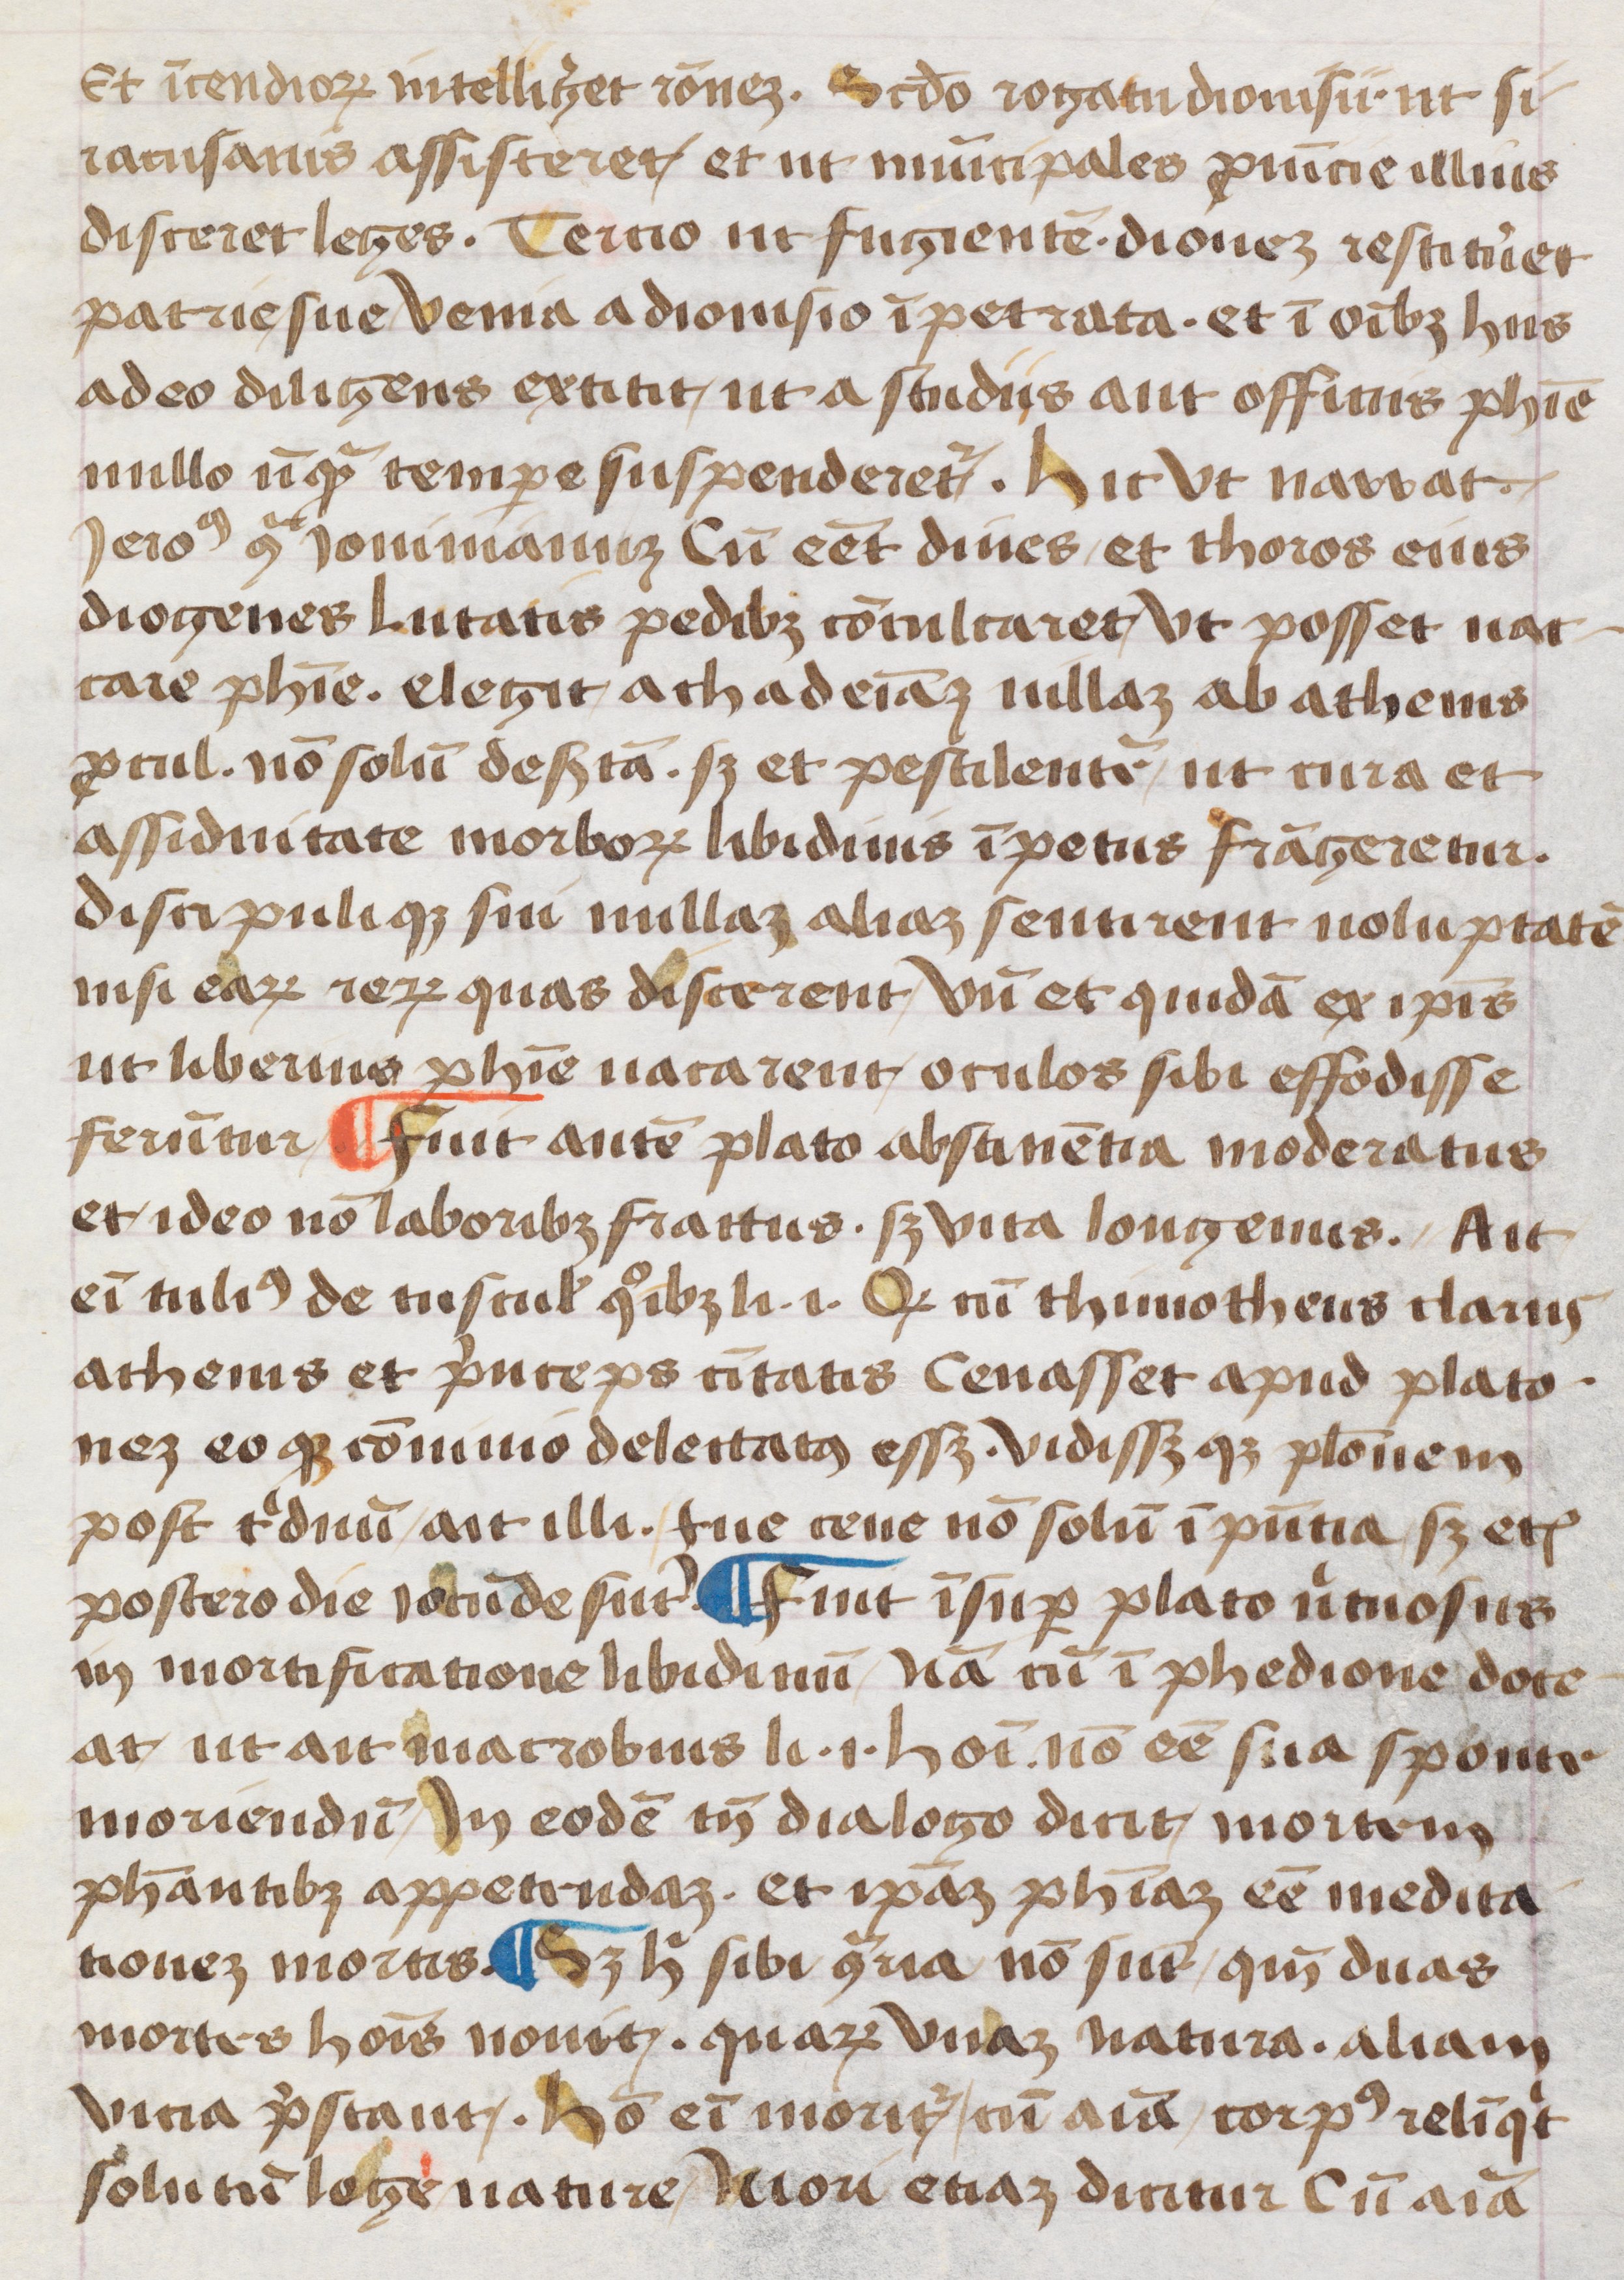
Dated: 1452–1452